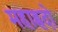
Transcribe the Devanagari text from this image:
महाह्रदो